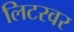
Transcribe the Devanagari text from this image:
लिटरवर